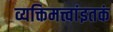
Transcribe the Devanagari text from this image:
व्यक्तिमत्त्वांइतकं